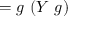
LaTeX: = g \ ( Y \ g )